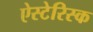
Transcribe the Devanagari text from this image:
ऐस्टेरिस्क